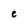
Character: e